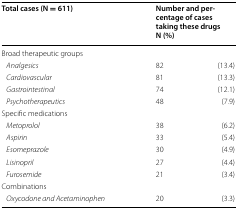
<table><thead><tr><td><b>Total cases (N = 611)</b></td><td colspan="2"><b>Number and percentage of cases taking these drugs N (%)</b></td></tr></thead><tbody><tr><td colspan="3">Broad therapeutic groups</td></tr><tr><td> <i>Analgesics</i></td><td>82</td><td>(13.4)</td></tr><tr><td> <i>Cardiovascular</i></td><td>81</td><td>(13.3)</td></tr><tr><td> <i>Gastrointestinal</i></td><td>74</td><td>(12.1)</td></tr><tr><td> <i>Psychotherapeutics</i></td><td>48</td><td>(7.9)</td></tr><tr><td colspan="3">Specific medications</td></tr><tr><td> <i>Metoprolol</i></td><td>38</td><td>(6.2)</td></tr><tr><td> <i>Aspirin</i></td><td>33</td><td>(5.4)</td></tr><tr><td> <i>Esomeprazole</i></td><td>30</td><td>(4.9)</td></tr><tr><td> <i>Lisinopril</i></td><td>27</td><td>(4.4)</td></tr><tr><td> <i>Furosemide</i></td><td>21</td><td>(3.4)</td></tr><tr><td colspan="3">Combinations</td></tr><tr><td> <i>Oxycodone and Acetaminophen</i></td><td>20</td><td>(3.3)</td></tr></tbody></table>